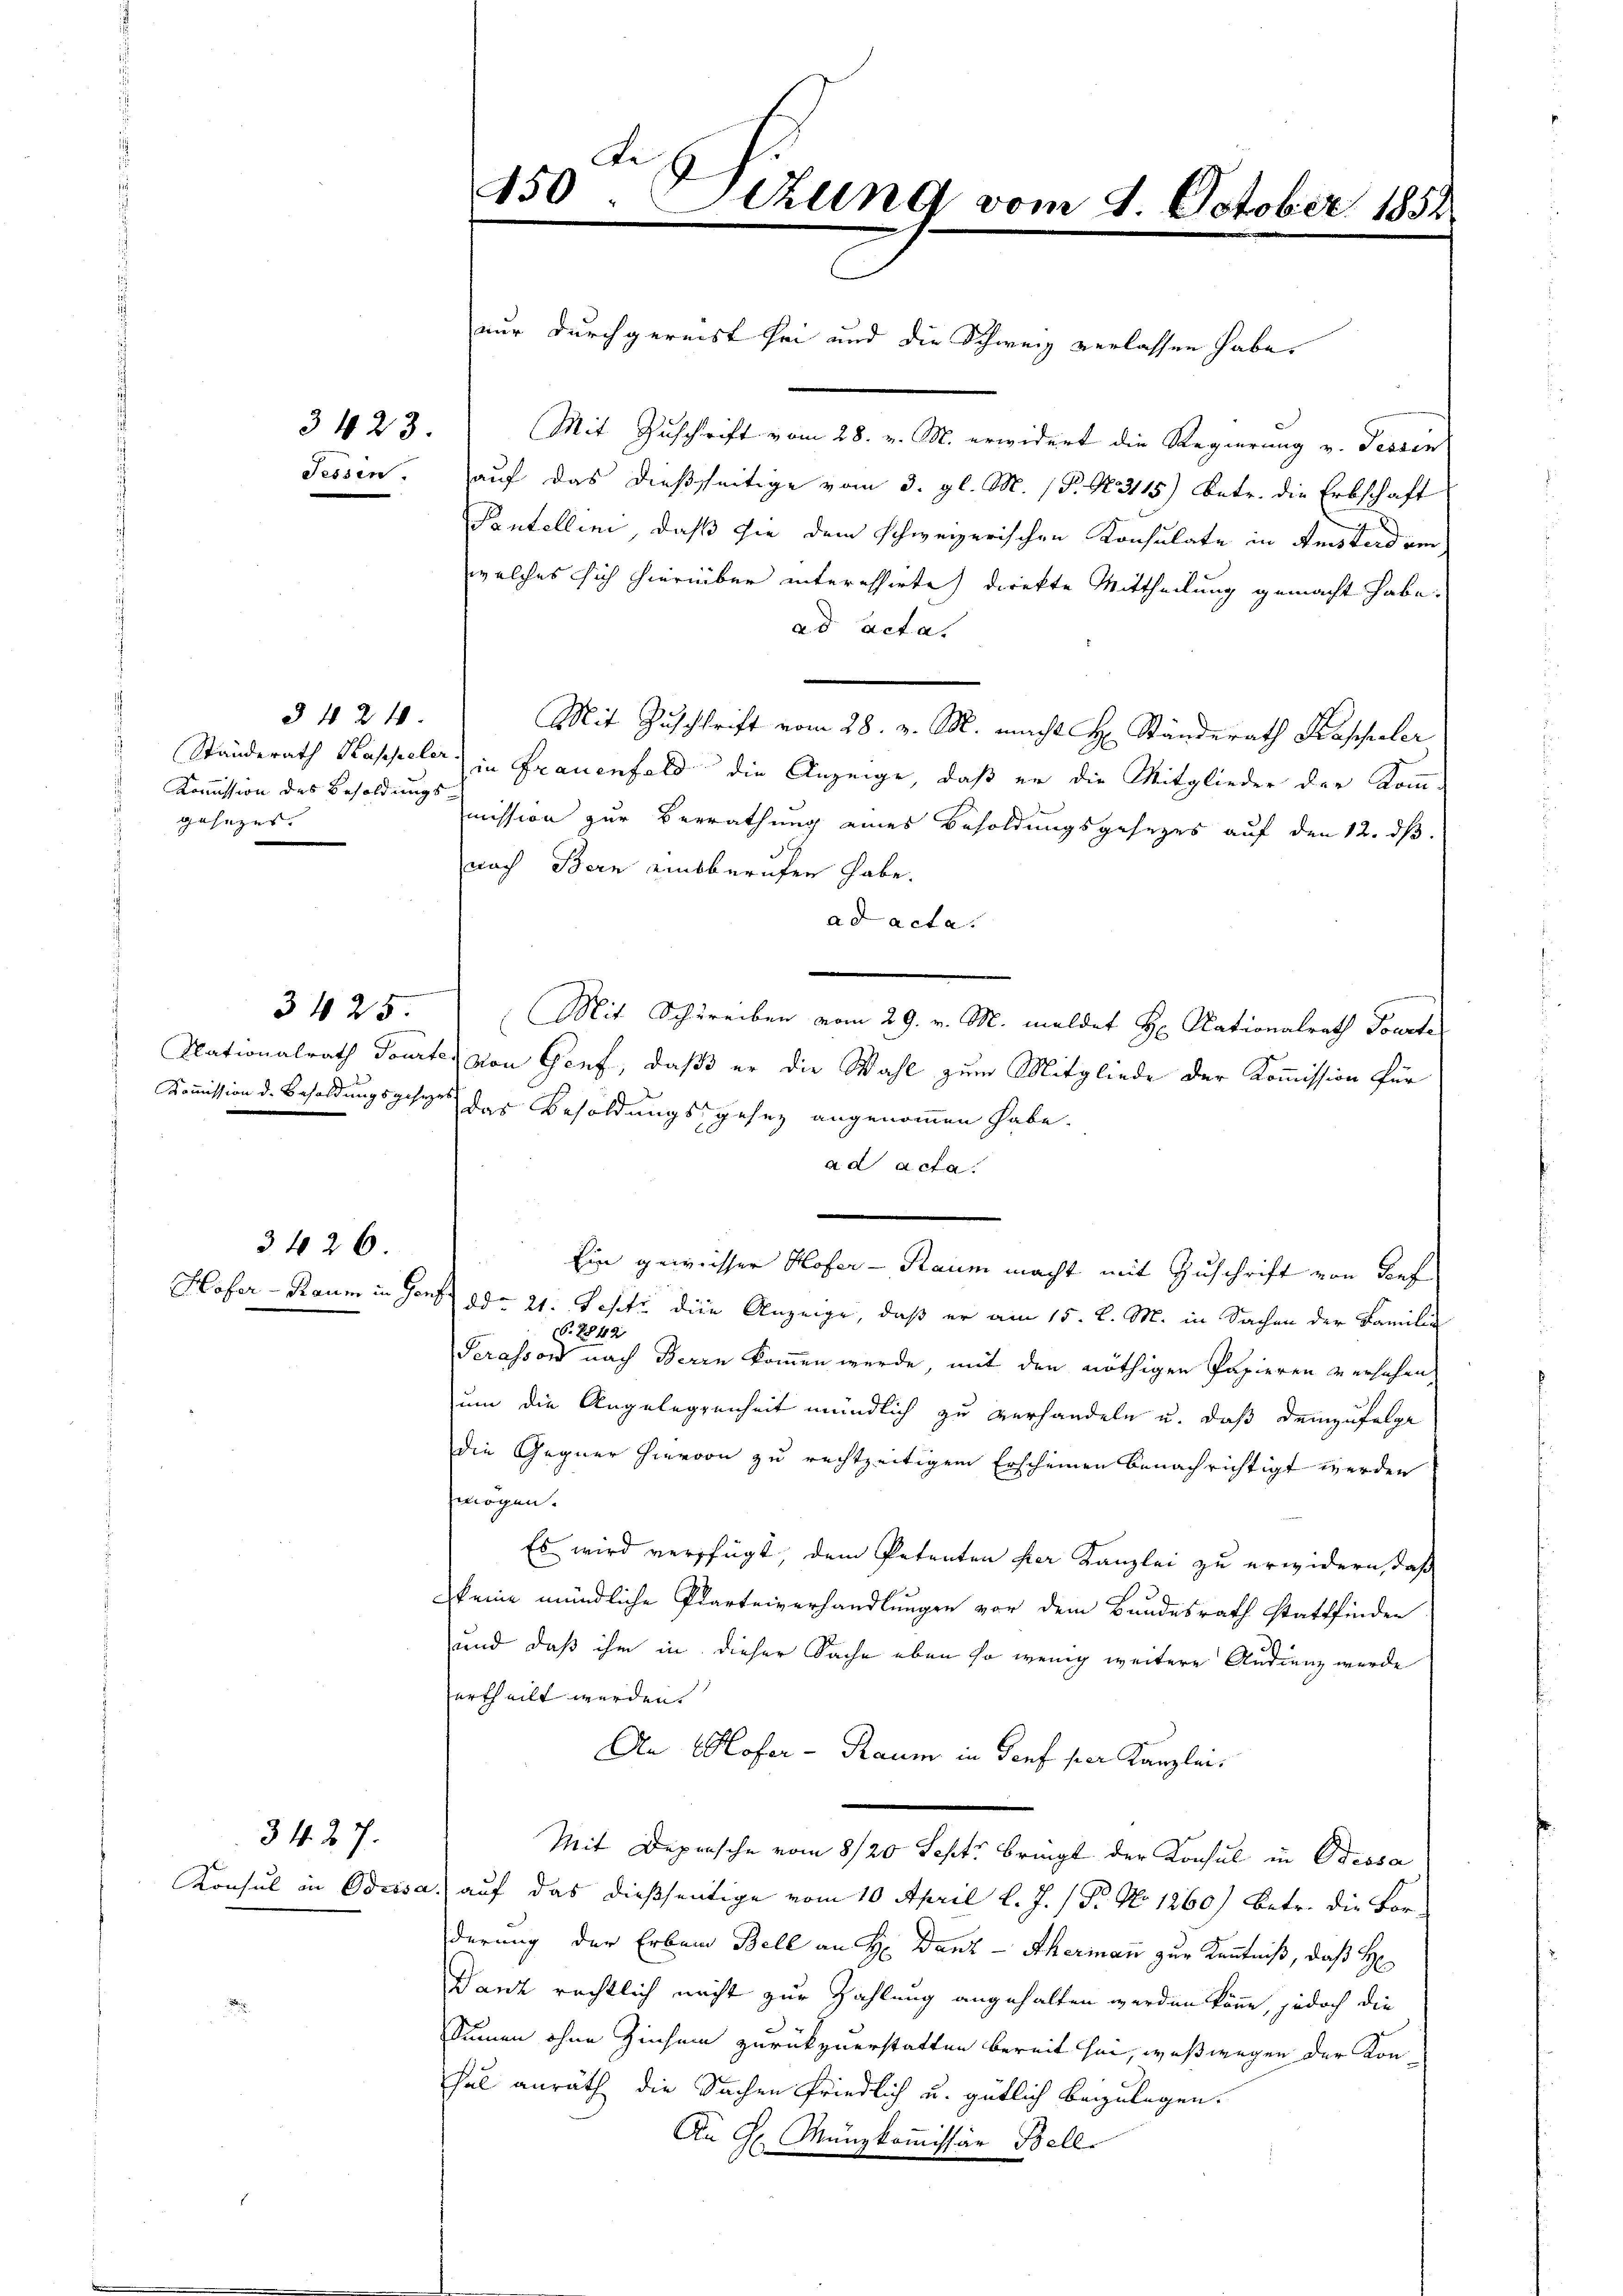
Fessen

§ 424.
Kommission des Besoldungsgesezes. |

3423.

3426.

34. 27.

Konsul in Ortsa

450. Sitzung vom 9. October 1852

nur durchgereist sei und die Schweiz verlassen habe,
Mit Zuschrift vom 28. v. M. erwidert die Regierung v. Tessin
auf das dießseitige vom 3. gl. M. (P. N. 2115) Betr. die Erbschaft
Pantellini, daß ihm dem schweizerischen Konsulate in Amsterdam,
welches sich hierüber interessirte direkte Mittheilung gemacht habe.
ad acta.
Mit Zuschrift vom 28. v. M. macht H. Ständerath Kaspeler
Standerath Kappeler) in Frauenfeld die Anzeige, daß er die Mitglieder der Kommission zur Berrathung eines Besoldungsgesezes auf den 12. ds.
nach Bern einsberufen habe.
ad acta.
3425. Mit Schreiben vom 29. v. M. meldet H. Nationalrath Tourte
Nationalrath Tourte, von Genf, daß er die Wahl zum Mitgliede der Kommission für
Kommission d. Besoldungsgesezes der Besoldungsgesez angenommen habe.
ad acta.
Ein geweisser Hofer - Raum macht mit Zuschrift von Dorf
Hofer - Raum in Genf ddo 21. Jesitz die Anzeige, daß er am 15. d. M. in Sachen der Familie
16. 1842
Serasson nach Herrn kommen werde, mit den nöthigen Papieren versehen,
um die Angelegenheit mündlich zu verhandeln u. daß demzufolge
die Gegner hiervon zu rechtzeitigem Erscheinen benachrichtigt werden
mögen.
Es wird verfügt, dem Petenten her Kanzlei zu erwidern, daß
keine mündliche Parteiverhandlungen vor dem Bundesrath stattfinden
und daß ihm in dieser Sache eben so wenig weitere Audienz wurde
urtheilt werden.
An Hofer - Raum in Torf per Kanzlei.
Mit Depesche vom 8/20 Sept. bringt der Konsul in Bessa
 auf das dießseitige vom 10. April l. J. / Pr. No 1260) Betr. die For-
derung der Erband Bell an H. Danz - Ahermann zur Kenntniß, daß H
Banz rechtlich nicht zur Zahlung angehalten werden könne, jedoch die
Summen ohne Zinsen zurückzuerstatten bereit sei, weßwegen der Kon-
hal anrath die Sachen friedlich u. gütlich beizulagen.
An H. Münzkom̅issär Bell